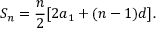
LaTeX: S _ { n } = { \frac { n } { 2 } } [ 2 a _ { 1 } + ( n - 1 ) d ] .